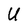
Character: U